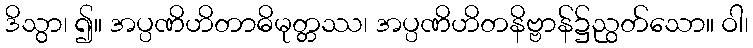
ဒိသွာ၊ ၍။ အပ္ပဏိဟိတာဓိမုတ္တဿ၊ အပ္ပဏိဟိတနိဗ္ဗာန်၌ညွတ်သော။ ဝါ၊